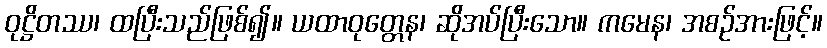
ဝုဋ္ဌိတဿ၊ ထပြီးသည်ဖြစ်၍။ ယထာဝုတ္တေန၊ ဆိုအပ်ပြီးသော။ ကမေန၊ အစဉ်အားဖြင့်။